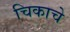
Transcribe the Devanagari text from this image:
चिकाचे